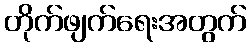
တိုက်ဖျက်ရေးအတွက်